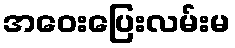
အဝေးပြေးလမ်းမ